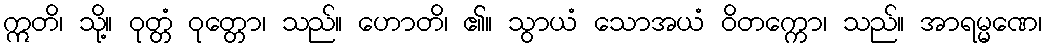
ဣတိ၊ သို့။ ဝုတ္တံ ဝုတ္တော၊ သည်။ ဟောတိ၊ ၏။ သွာယံ သောအယံ ဝိတက္ကော၊ သည်။ အာရမ္မဏေ၊